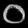
Digit: ၀